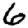
Digit: 6